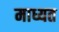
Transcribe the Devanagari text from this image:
माध्यत